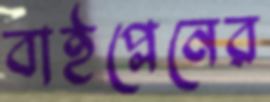
বাইপ্লেনের